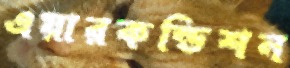
এয়ারকন্ডিশন